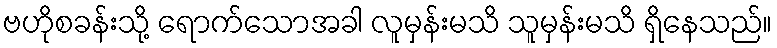
ဗဟိုစခန်းသို့ ရောက်သောအခါ လူမှန်းမသိ သူမှန်းမသိ ရှိနေသည်။